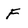
Character: F